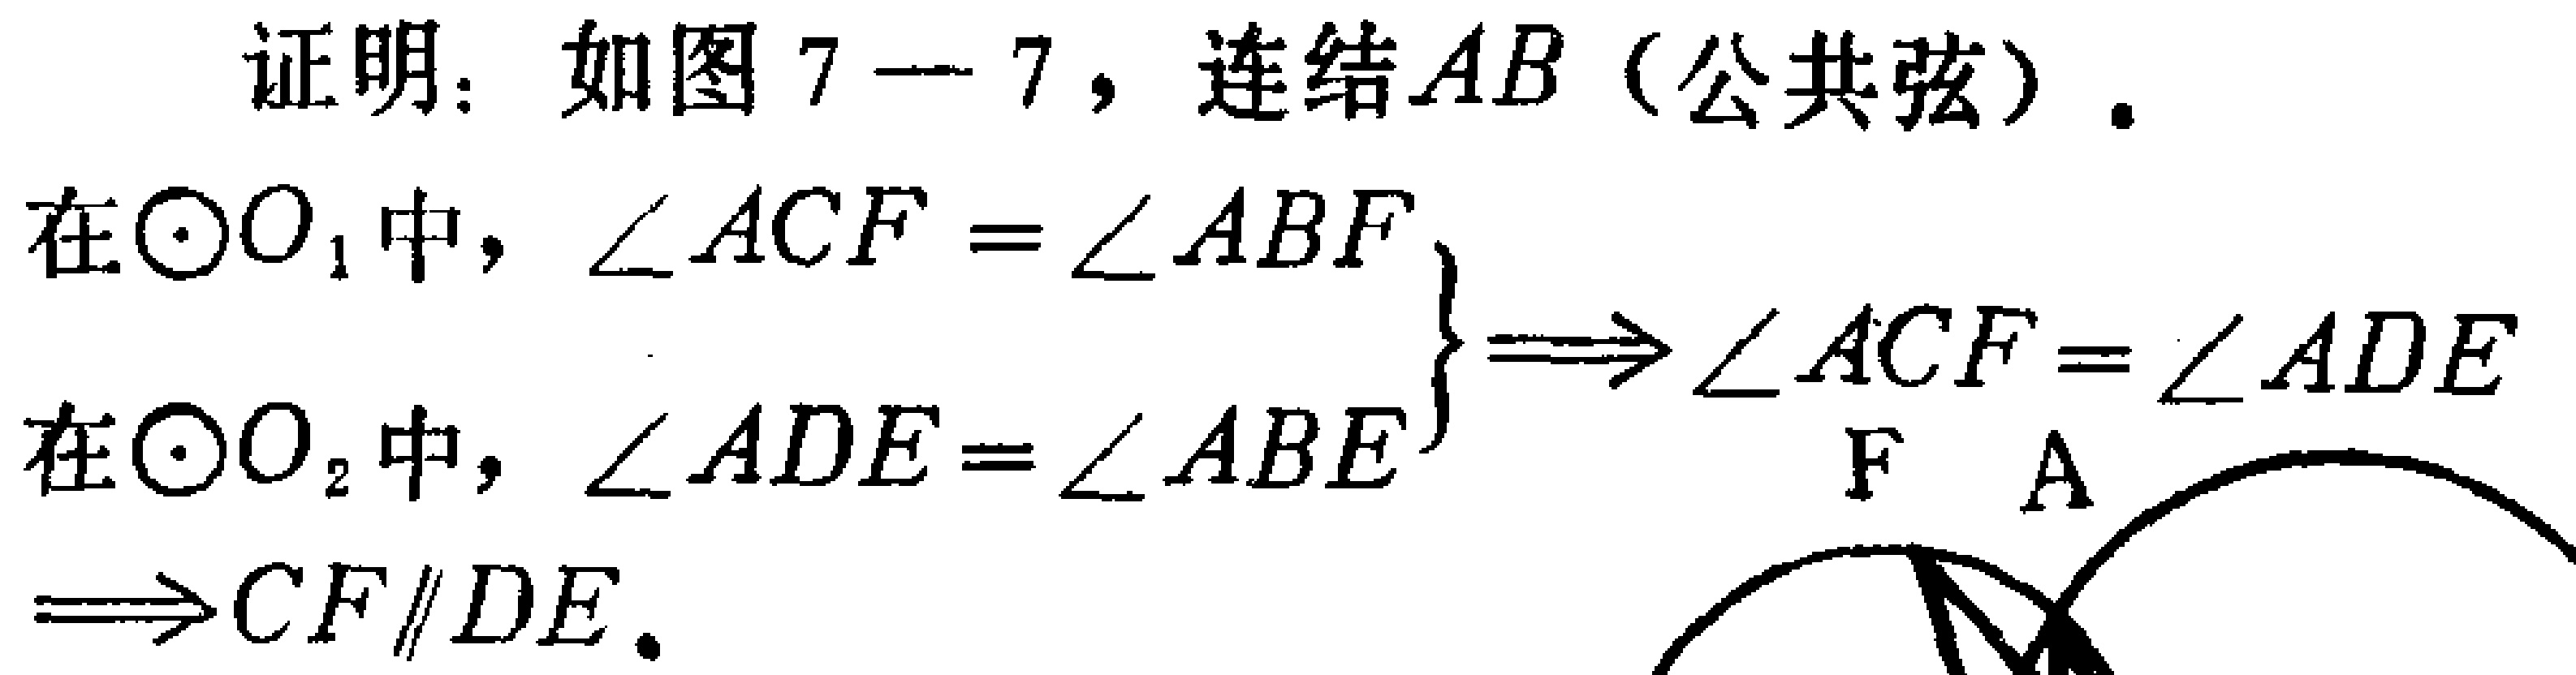
证明：如图7—7，连结\(AB\)（公共弦）.

在\(\odot O_{1}\)中，\(\angle ACF = \angle ABF\)

在\(\odot O_{2}\)中，\(\angle ADE = \angle ABE\)

\(\left.\begin{array}{l}

\angle ACF = \angle ABF \\

\angle ADE = \angle ABE

\end{array}\right\} \Longrightarrow \angle ACF = \angle ADE\)

\(\Longrightarrow CF\parallel DE\).